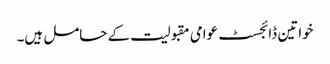
خواتین ڈائجسٹ عوامی مقبولیت کے حامل ہیں۔